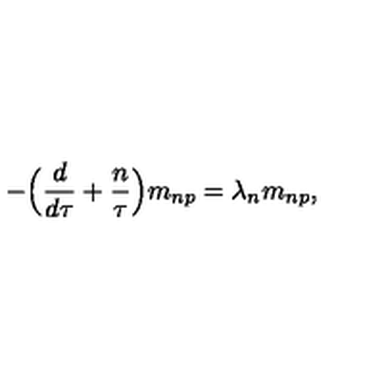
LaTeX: - \Bigr ( { \frac { d } { d \tau } } + { \frac { n } { \tau } } \Bigr ) m _ { n p } = \lambda _ { n } m _ { n p } ,